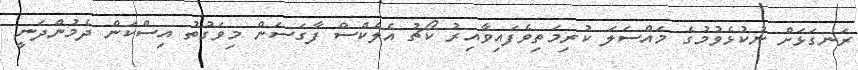
ރަނގަޅަށް ނުކުޅެވުމުގެ މައްސަލަ ކުރިމަތިވެފައިވާއިރު ކޯޗު އެލެކްސް ފާގަސަން މިވަގުތު އިސްކަން ދެމުންދަނީ